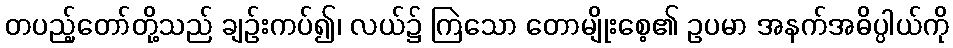
တပည့်တော်တို့သည် ချဉ်းကပ်၍၊ လယ်၌ ကြဲသော တောမျိုးစေ့၏ ဥပမာ အနက်အဓိပ္ပါယ်ကို